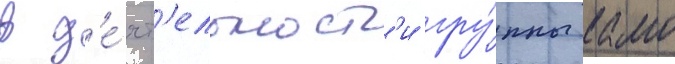
в д'е́ят'ельност'и гру́ппы камо